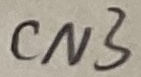
Text: CN3